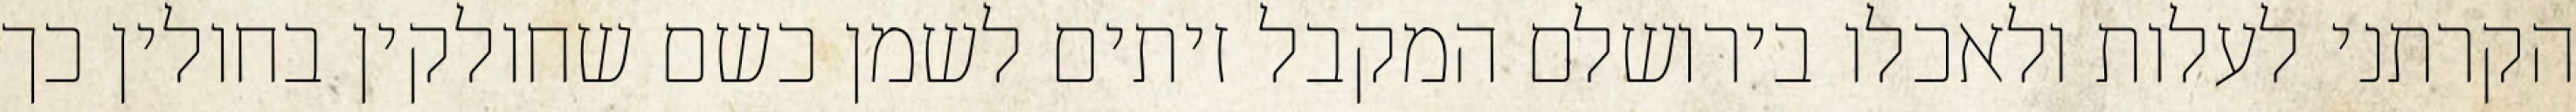
הקרתני לעלות ולאכלו בירושלם המקבל זיתים לשמן כשם שחולקין בחולין כך